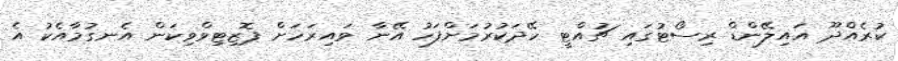
ކުރެއްދޫ އައިލޭންޑް ރިސޯޓުގައި ޗުއްޓީ ހޭދަކުރުމަށްފަހު އޭނާ ވައިރަހަށް ޕޮޒިޓިވްވިކަން އެނގުމާއެކު އެ